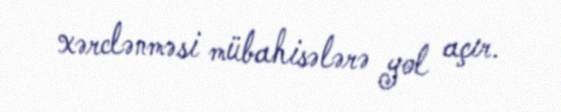
xərclənməsi mübahisələrə yol açır.